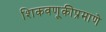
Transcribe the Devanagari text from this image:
शिकवणूकीप्रमाणे